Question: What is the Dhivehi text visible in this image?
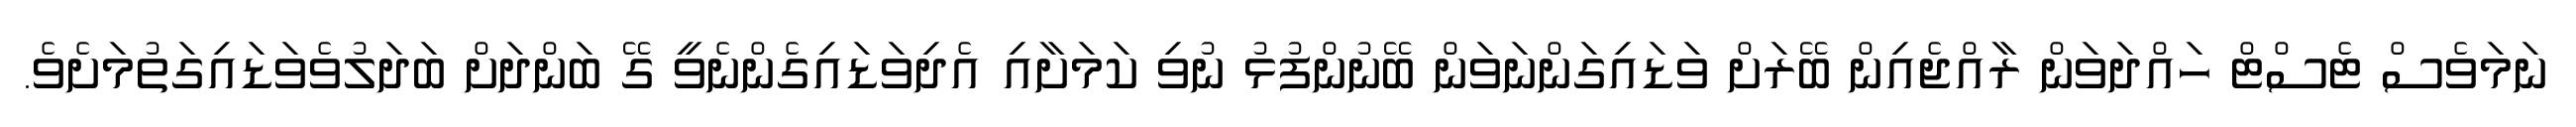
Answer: ނަމަވެސް ޓެސްޓް ހައްދަވަން ރާއްޖެއިން ބޭރަށް ވަޑައިގަންނަވަން ބޭނުންފުޅު ނުވި ކަމަށާއި އެދިވަޑައިގެންނެވީ ގޭ ބަންދަށް ބަދަލުވެވަޑައިގަތުމަށެވެ.